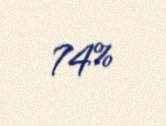
74%